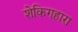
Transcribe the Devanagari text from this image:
शेकिगहारा